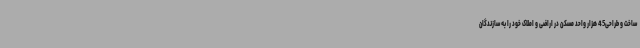
ساخت و طراحی45 هزار واحد مسکن در اراضی و املاک خود را به سازندگان